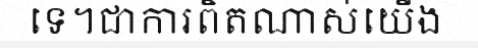
ទេ។ជាការពិតណាស់យើង